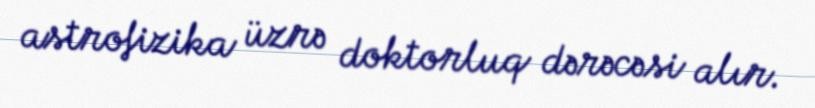
astrofizika üzrə doktorluq dərəcəsi alır.